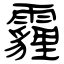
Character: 霾